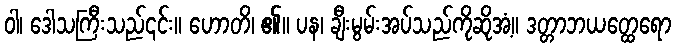
ဝါ၊ ဒေါသကြီးသည်၎င်း။ ဟောတိ၊ ၏။ ပန၊ ချီးမွမ်းအပ်သည်ကိုဆိုအံ့။ ဒတ္တာဘယတ္ထေရော